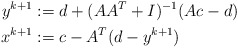
\begin{align*}y^{k+1} &:= d + (AA^T + I)^{-1}(Ac -d) \\x^{k+1} &:= c - A^T(d-y^{k+1})\end{align*}